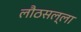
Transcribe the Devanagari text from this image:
लौठसल्ला